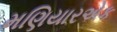
મણિયારએક